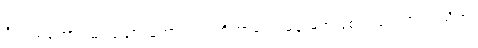
ဝိပဿတော၊ မြင်သောသူအား။ ဣတ္ထိဘာဝေါ၊ မိန်းမအဖြစ်သည်။ ကိံ ကယိရာ၊